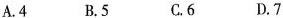
A.4 B.5 C.6 D.7